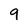
Character: 9